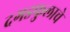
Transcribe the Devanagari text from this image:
दगडफुलाचे